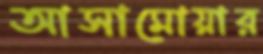
আসামোয়ার